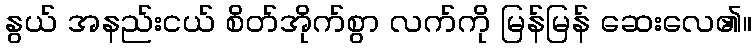
နွယ် အနည်းငယ် စိတ်အိုက်စွာ လက်ကို မြန်မြန် ဆေးလေ၏။